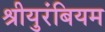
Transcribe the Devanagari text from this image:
श्रीयुरंबियम